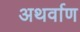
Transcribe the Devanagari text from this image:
अथर्वाण